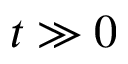
t \gg 0